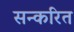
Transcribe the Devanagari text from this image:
सन्करित